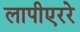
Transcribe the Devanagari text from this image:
लापीएररे